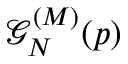
\mathcal { G } _ { N } ^ { ( M ) } ( p )